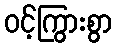
ဝင့်ကြွားစွာ